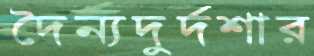
দৈন্যদুর্দশার